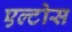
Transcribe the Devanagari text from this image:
एल्टोस